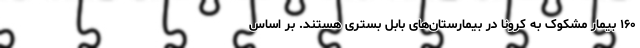
۱۶۰ بیمار مشکوک به کرونا در بیمارستان‌های بابل بستری هستند. بر اساس